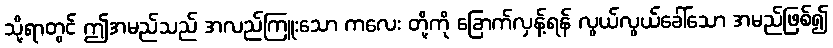
သို့ရာတွင် ဤအမည်သည် အလည်ကြူးသော ကလေး တို့ကို ခြောက်လှန့်ရန် လွယ်လွယ်ခေါ်သော အမည်ဖြစ်၍